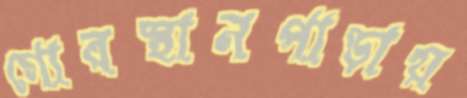
গোরস্থানপাড়ায়